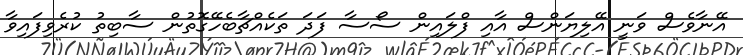
އޭނާވެސް ވަނީ އޭލިޔަންސް އާއި ފްލައިން ސޯސާ ފަދަ ތަކެއްޗާބެހޭގޮތުން ސާބިތު ކުރެވިފައިވާ